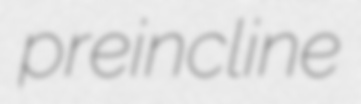
preincline